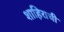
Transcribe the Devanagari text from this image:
शाहिराची